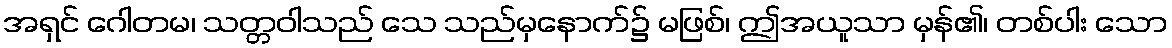
အရှင် ဂေါတမ၊ သတ္တဝါသည် သေ သည်မှနောက်၌ မဖြစ်၊ ဤအယူသာ မှန်၏၊ တစ်ပါး သော